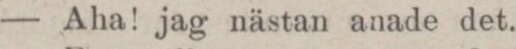
— Aha! jag nästan anade det.